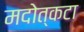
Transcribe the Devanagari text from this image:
मदोत्कटा